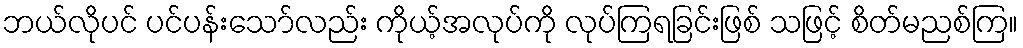
ဘယ်လိုပင် ပင်ပန်းသော်လည်း ကိုယ့်အလုပ်ကို လုပ်ကြရခြင်းဖြစ် သဖြင့် စိတ်မညစ်ကြ။